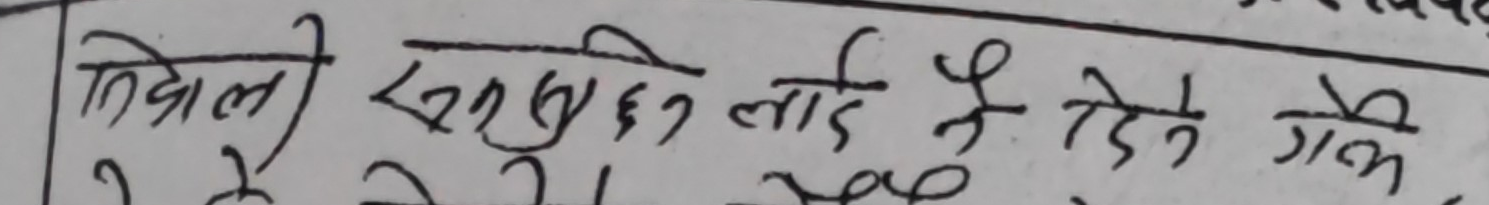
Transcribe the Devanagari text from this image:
तिब्रा सन्सधि लाई दिने गेल